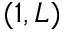
( 1 , L )